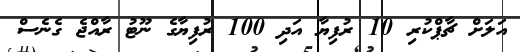
އަލަށް ޗާޕްކުރި 10 ރުފިޔާ އަދި 100 ރުފިޔާގެ ނޫޓު ރާއްޖެ ގެނެސް